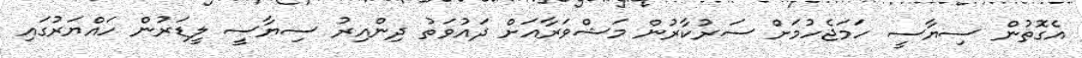
އެގޮތުން ސިޔާސީ ހަމަޖެހުމަށް ސަރުކާރުން މަޝްވަރާއަށް ދައުވަތު ދިންއިރު ސިޔާސީ ލީޑަރުން ހައްޔަރުގައި